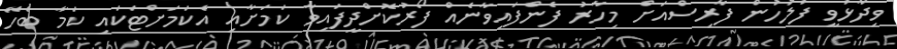
ވިދާޅުވީ ފުލުހުން ފާރިސްއަށް މިހާރު ފެންފައިވާނެއް ފޯރުކޮށްދީފައިވާ ކަމަށާއި އެކަމަށްޓަކައި ކަމާ ބެހޭ